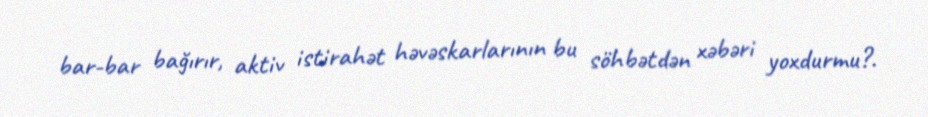
bar-bar bağırır, aktiv istirahət həvəskarlarının bu söhbətdən xəbəri yoxdurmu?.